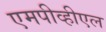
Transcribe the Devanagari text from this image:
एमपीव्हीएल